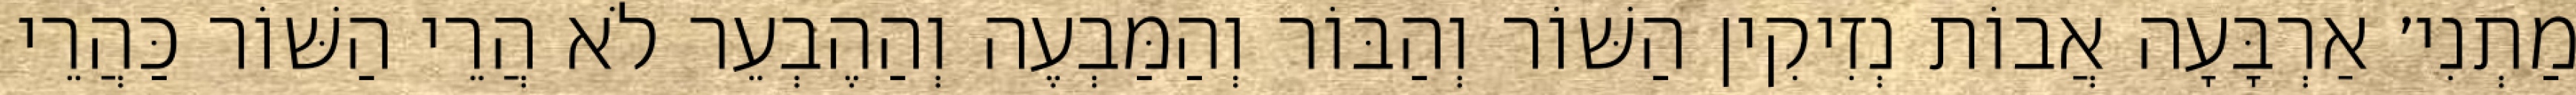
מַתְנִי׳ אַרְבָּעָה אֲבוֹת נְזִיקִין הַשּׁוֹר וְהַבּוֹר וְהַמַּבְעֶה וְהַהֶבְעֵר לֹא הֲרֵי הַשּׁוֹר כַּהֲרֵי